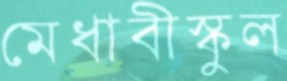
মেধাবীস্কুল